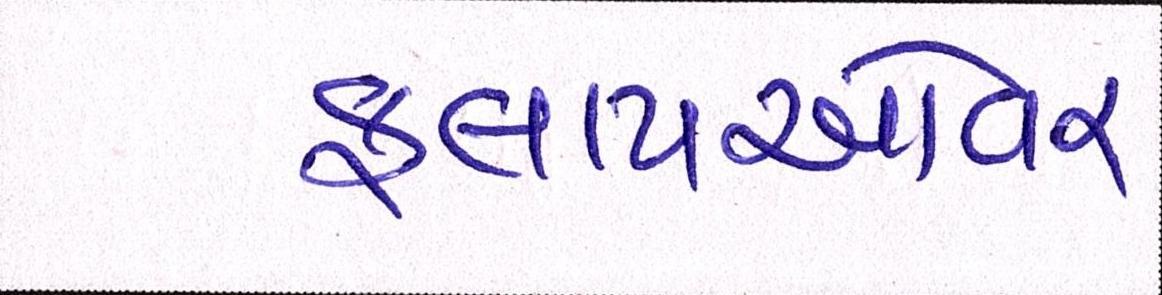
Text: ફ્લાયઓવર